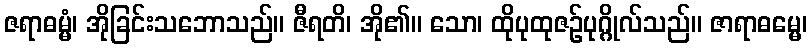
ဇရာဓမ္မံ၊ အိုခြင်းသဘောသည်။ ဇီရတိ၊ အို၏။ သော၊ ထိုပုထုဇဉ်ပုဂ္ဂိုလ်သည်။ ဇာရာဓမ္မေ၊